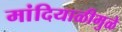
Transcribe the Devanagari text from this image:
मांदियाळीमुळे